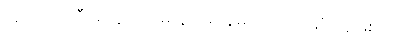
သူဟာ အဲဒီအတွက် ဝမ်းနည်းနေမယ့်ပထမဆုံးသူဖြစ်မှာပါ။